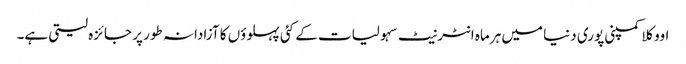
اووکلا کمپنی پوری دنیا میں ہرماہ انٹرنیٹ سہولیات کے کئی پہلوؤں کا آزادانہ طور پر جائزہ لیتی ہے۔